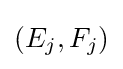
(E_{j},F_{j})